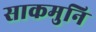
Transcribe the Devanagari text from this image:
साकमुनि